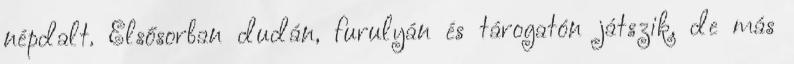
népdalt. Elsősorban dudán, furulyán és tárogatón játszik, de más